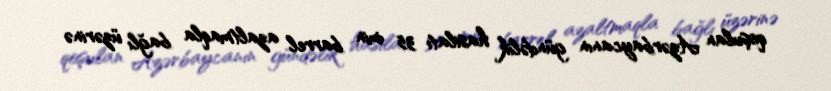
qoşulan Azərbaycanın gündəlik hasilatı 35 min barrel azaltmaqla bağlı üzərinə